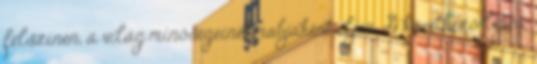
felszínen, a világ minőségeinek rabjaként éljen. A következő lépés,